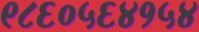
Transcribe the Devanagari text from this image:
९८६०५६४१५४